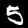
Digit: 5